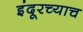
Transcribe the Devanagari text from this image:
इंदूरच्याच